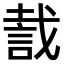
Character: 𧧬